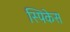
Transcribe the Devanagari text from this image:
स्पिकेस